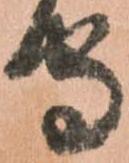
守